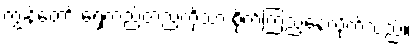
ကျွန်တော် ရှေ့တည့်တည့်ကိုသာ စိုက်ကြည့်နေလိုက်သည်။